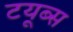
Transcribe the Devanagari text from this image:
टयूब्स